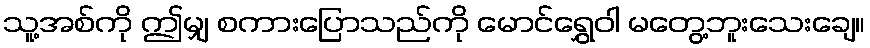
သူ့အစ်ကို ဤမျှ စကားပြောသည်ကို မောင်ရွှေဝါ မတွေ့ဘူးသေးချေ။